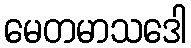
မေတမာသဒေါ